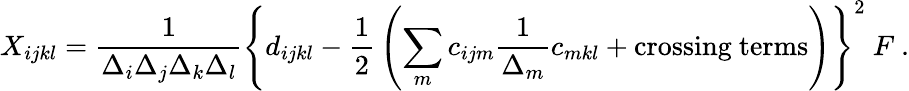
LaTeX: X_{ijkl}={\frac{1}{\Delta_{i}\Delta_{j}\Delta_{k}\Delta_{l}}}\left\{ d_{ijkl}-{\frac{1}{2}}\left(\sum_{m}c_{ijm}{\frac{1}{\Delta_{m}}}c_{mkl}+\mathrm{crossing~terms}\right)\right\} ^{2}\ F\ .